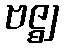
ဗဇ္ဈ